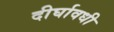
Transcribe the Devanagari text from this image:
दीर्घावधी